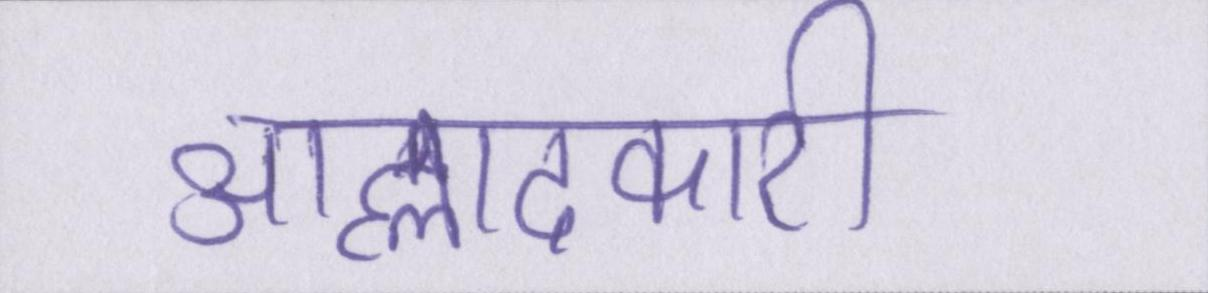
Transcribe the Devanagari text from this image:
आह्लादकारी